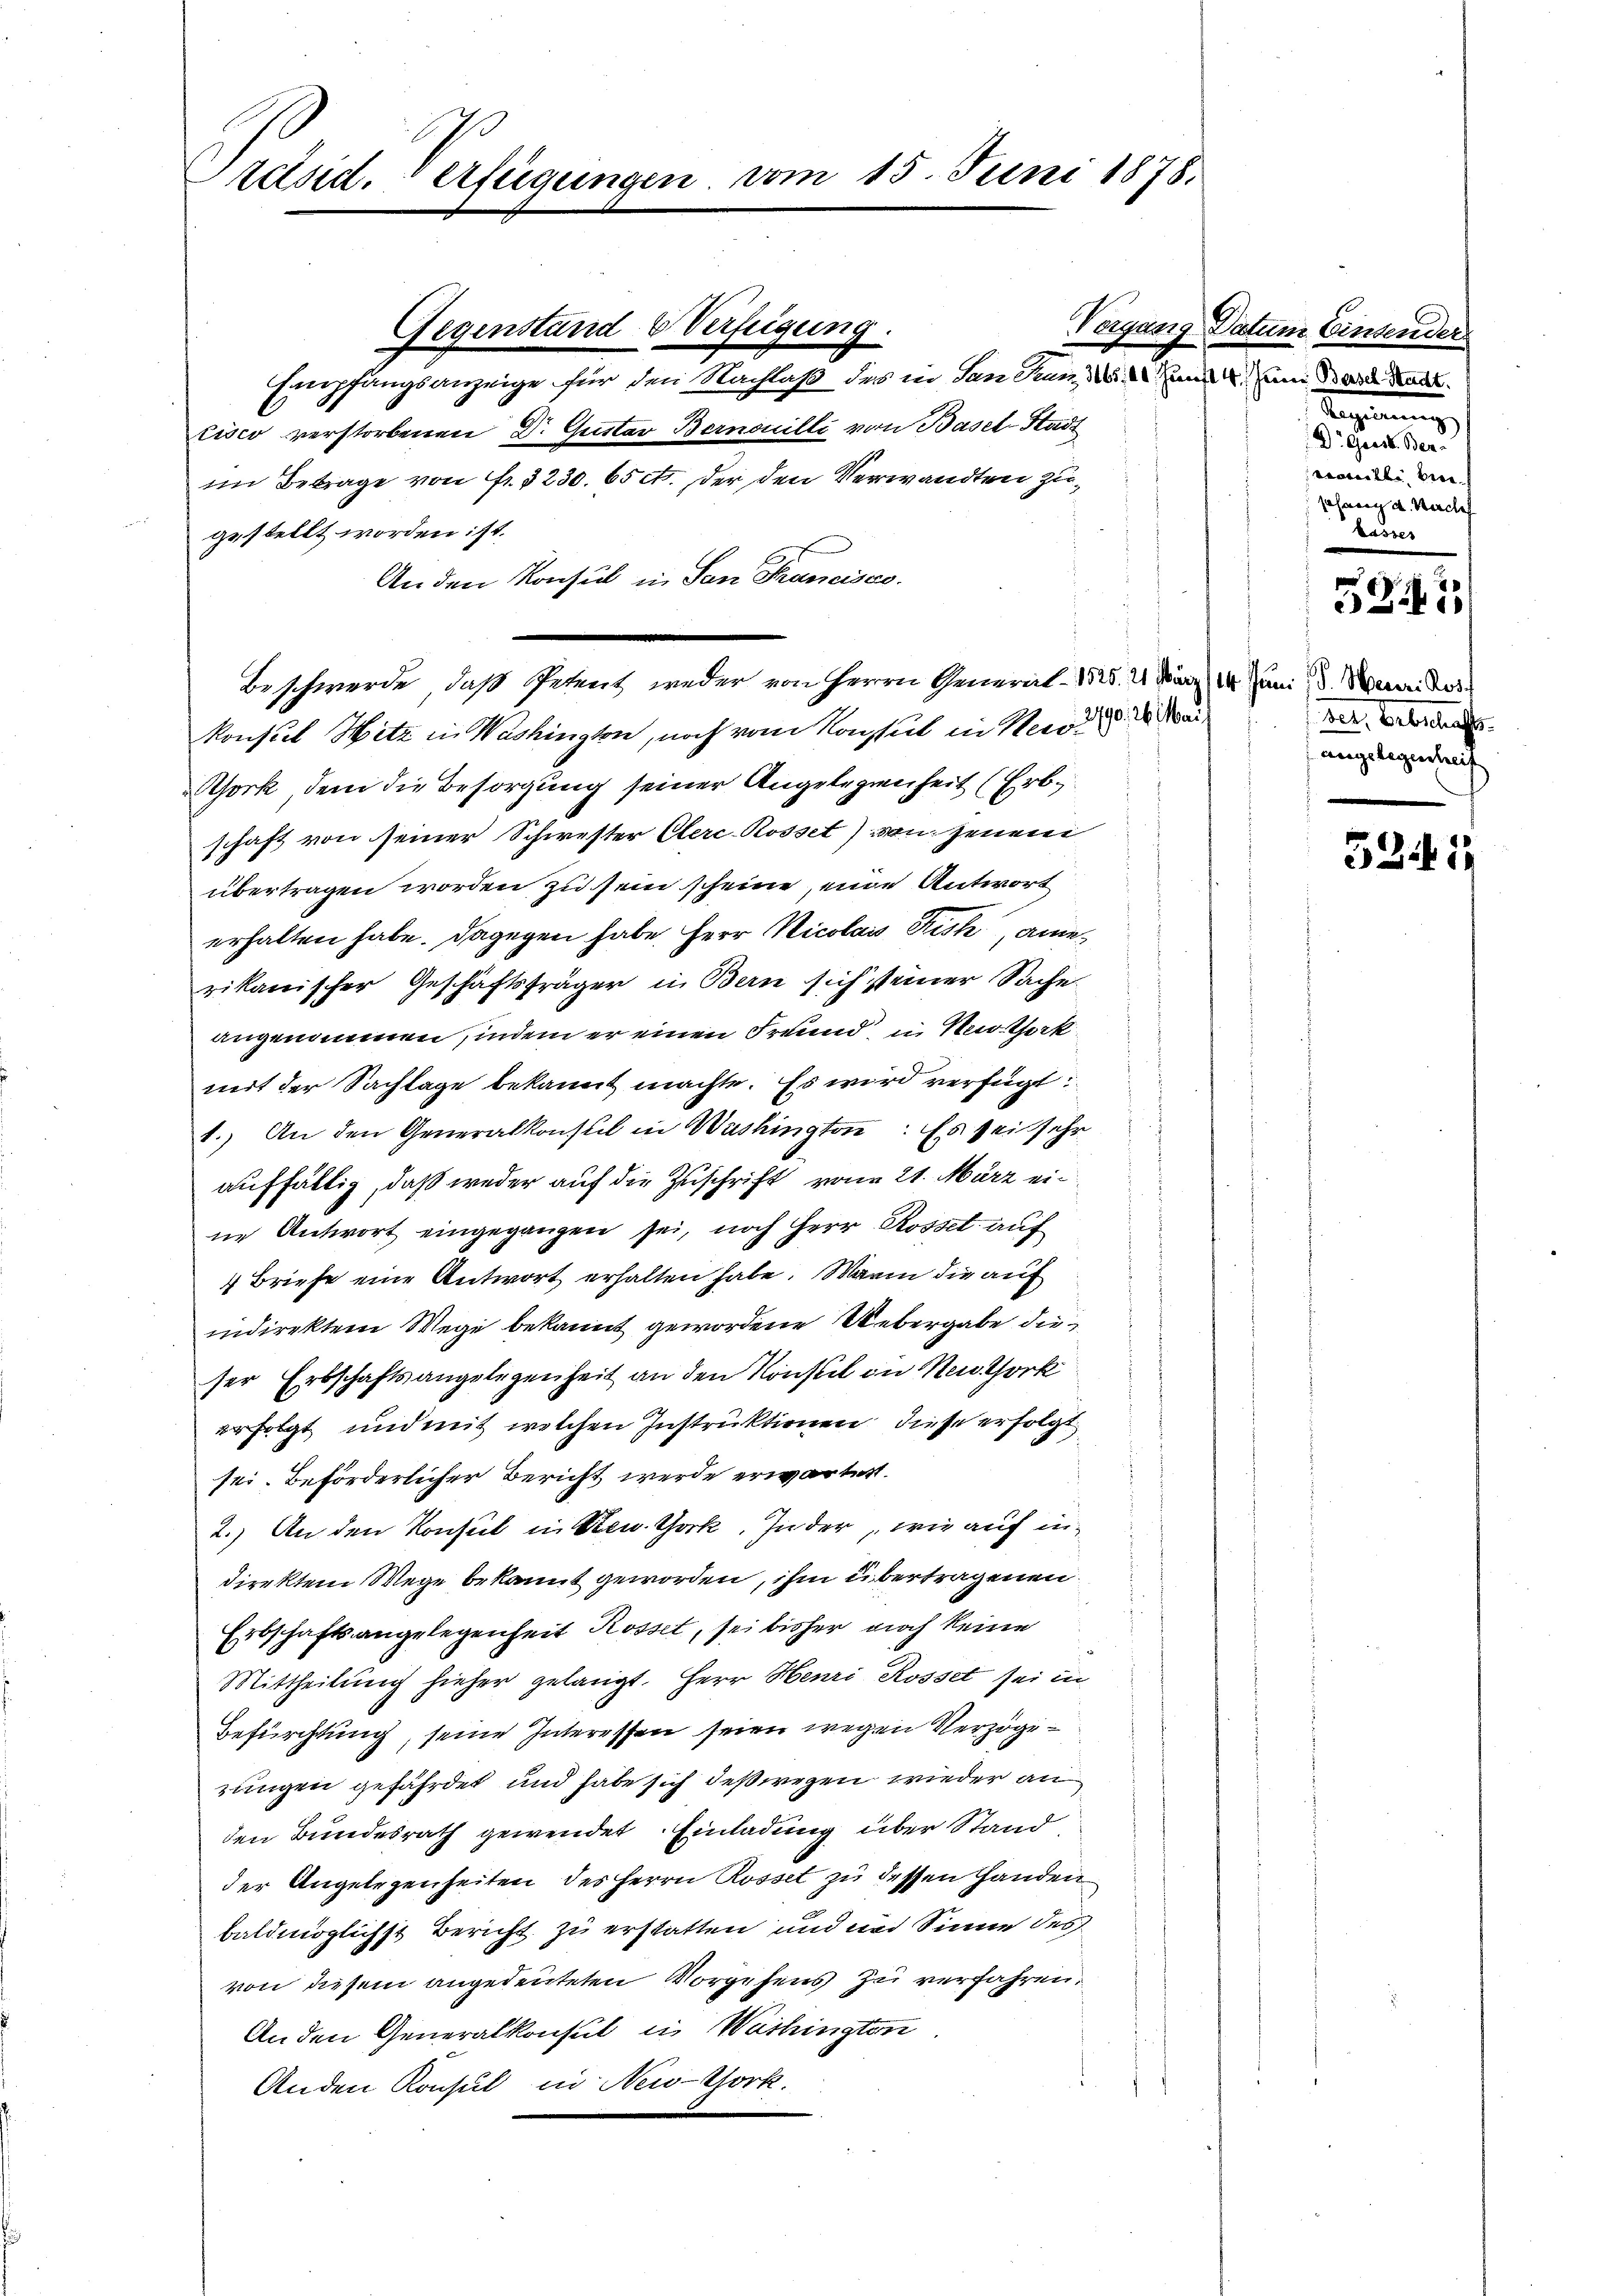
räsid. Verfügungen, vom 15. Juni 1878.

Vergang dar
Empfangsanzeige für den Nachlaß des in dan denn die
Eisco verstorbenen Dr. Gustav Bernouilli von Basel-Stadt
im Betrage von fr. 3230. 65 ct., der den Verwandten zugestellt worden ist.
An den Konsul in San Francisco
Beschwerde, daß Petent weder von Herrn General- 1525. 2. März 10. Juni d. Verei der
Konsul Hitz in Washington, noch vom Nachsel in Nervie
ork, dem die Besorgung seiner Angelegenheit (Erbschaft von seiner Schwester Clere Rosset) von jenen
übertragen worden zu sein scheine, eine Antwort
erhalten habe. Dagegen habe, Herr Nicolais ist, amerikanischer Geschäftsfräger in Bern sich steiner Sache.
angenommen, indem er einen Freund, in Nothork
mit der Sachlage bekannt machte. Es wird verfügt:
1.) An den Generalkonsul in Washington: Es sei sehr
auffällig, daß weder auf die Zuschrift von 21. März eine Antwort eingegangen sei, noch Herr Rosset auf
4 Briefe eine Antwort erhalten habe. Mann die auf
indirektem Wege bekannt gewordene Uebergabe dieser Erbschaftsangelegenheit an den Konstil in New York
erfolgt und mit welchen Instruktionen diese erfolgt
sei. Beförderlicher Bericht werde erwärtet.
2.) An den Konsul in Sten. Gock. In der wie auf indirekten Wege bekannt geworden, ihm übertragenen
Erbschaftsangelegenheit Rosset, sei bisher noch keine
Mittheilung hieher gelangt. Herr Henri Rosset sei in
Befürchtung, seine Interessen seien wegen Verzögezungen gefährdet und habe sich deßwegen wieder an
den Bundesrath gewendet, Einladung über Stand
der Angelegenheiten des Herrn Rosset zu dessen Handen
baldmöglichst Bericht zu erstatten und und Sinne des
von diesem angedeuteten Vorgehens zu verfahren.
An den Generalkonsul in Washingten.
Anden Konsul in New-York.

Gegenstand Verfeigung.

Im Einsender
eine Basel-Stadt.
Scheinung
 Dr Giess. Ber
vareille bere
sesaren u. Werchef
busses

324

det. Bebschafts-
angelegenheit

3241